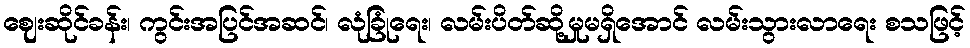
ဈေးဆိုင်ခန်း၊ ကွင်းအပြင်အဆင်၊ လုံခြုံရေး၊ လမ်းပိတ်ဆို့မှုမရှိအောင် လမ်းသွားလာရေး စသဖြင့်